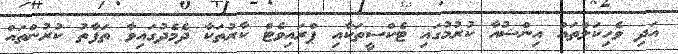
އަދި ވެހިކަލްތައް އިންޝުއާ ކުރުމުގައި ޓެކްސީތަކާއި ޕްރައިވެޓް ކާރުތަކާ ދެމެދުގައިވާ ތަފާތު ކުރުންތައް